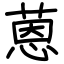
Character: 蒽